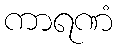
ကာရဏံ